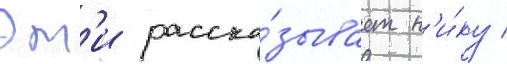
Эм'и расска́зывает н'и́ку /